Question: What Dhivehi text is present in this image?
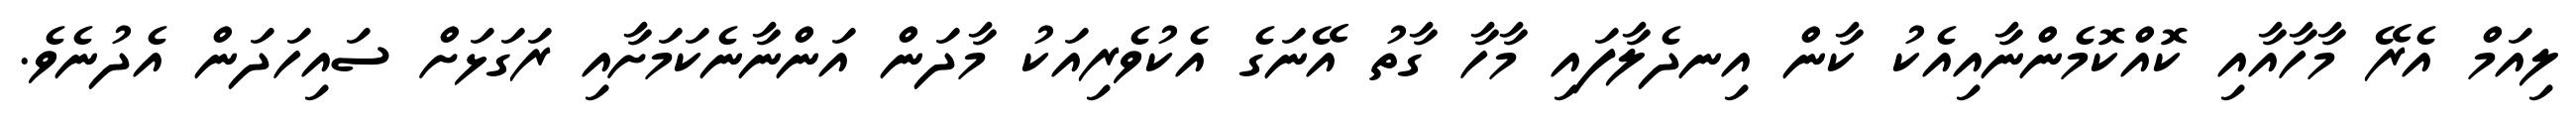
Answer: ލިއަމް އެރޭ މާހާއާއި ކޮއްކޮމެންނާއިއެކު ކާން އިނދެލާފައި މާހާ ގާތު އޭނަގެ އެކުވެރިއަކު މާދަން އަންނާނެކަމަށާއި ރަގަޅަށް ސައިހަދަން އެދުނެވެ.